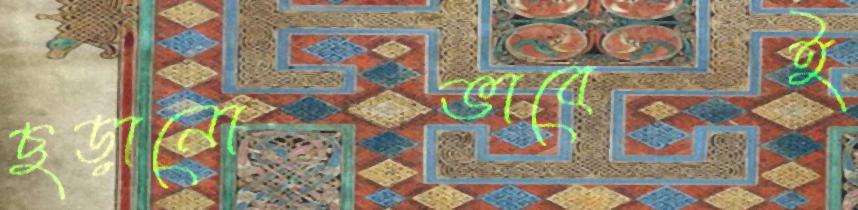
ছড়ানোভাবেই